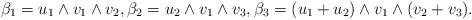
LaTeX: \begin{align*} \beta_1=u_1\wedge v_1\wedge v_2, \beta_2=u_2\wedge v_1\wedge v_3, \beta_3= (u_1+u_2)\wedge v_1\wedge (v_2+v_3). \end{align*}